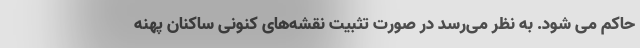
حاکم می شود. به نظر می‌رسد در صورت تثبیت نقشه‌های کنونی ساکنان پهنه